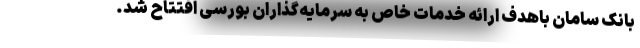
بانک سامان باهدف ارائه خدمات خاص به سرمایه‌گذاران بورسی افتتاح شد.